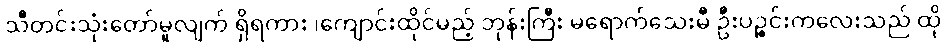
သီတင်းသုံးတော်မူလျက် ရှိရကား ၊ကျောင်းထိုင်မည့် ဘုန်းကြီး မရောက်သေးမီ ဦးပဉ္စင်းကလေးသည် ထို